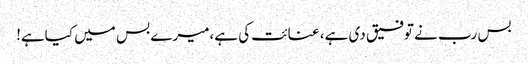
بس رب نے توفیق دی ہے، عنائت کی ہے،میرے بس میں کیاہے!